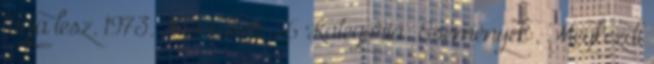
tagja lesz. 1973. November 26 Kategória: Események , Megkezdi